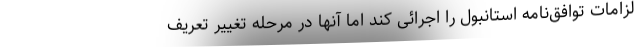
لزامات توافق‌نامه استانبول را اجرائی کند اما آنها در مرحله تغییر تعریف